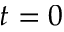
t = 0